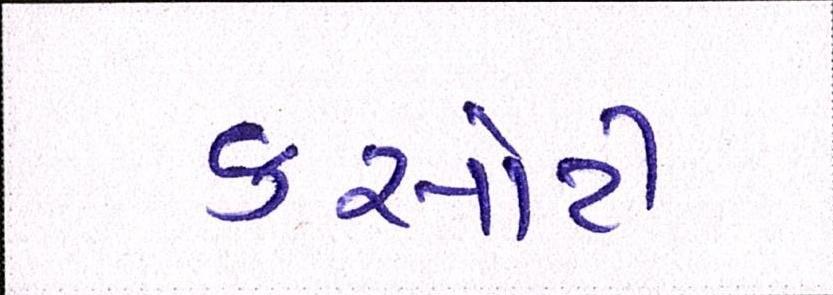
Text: કસોટી